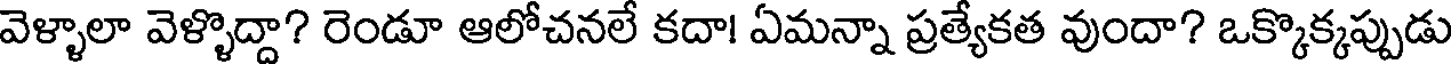
వెళ్ళాలా వెళ్ళొద్దా? రెండూ ఆలోచనలే కదా! ఏమన్నా ప్రత్యేకత వుందా? ఒక్కొక్కప్పుడు